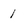
Character: 1